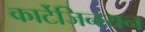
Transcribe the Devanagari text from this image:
कार्टेजिनयन